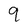
Character: 9